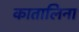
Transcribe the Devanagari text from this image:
कातालिना